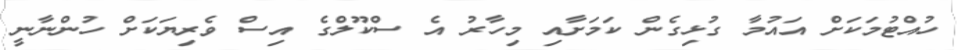
ހުއްޓުމަކަށް އައުމާ ގުޅިގެން ކަމަށާއި މިހާރު އެ ސްކޫލްގެ އިސް ވެރިޔަކަށް ހުންނާނީ